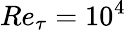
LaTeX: Re_{\tau}=10^{4}